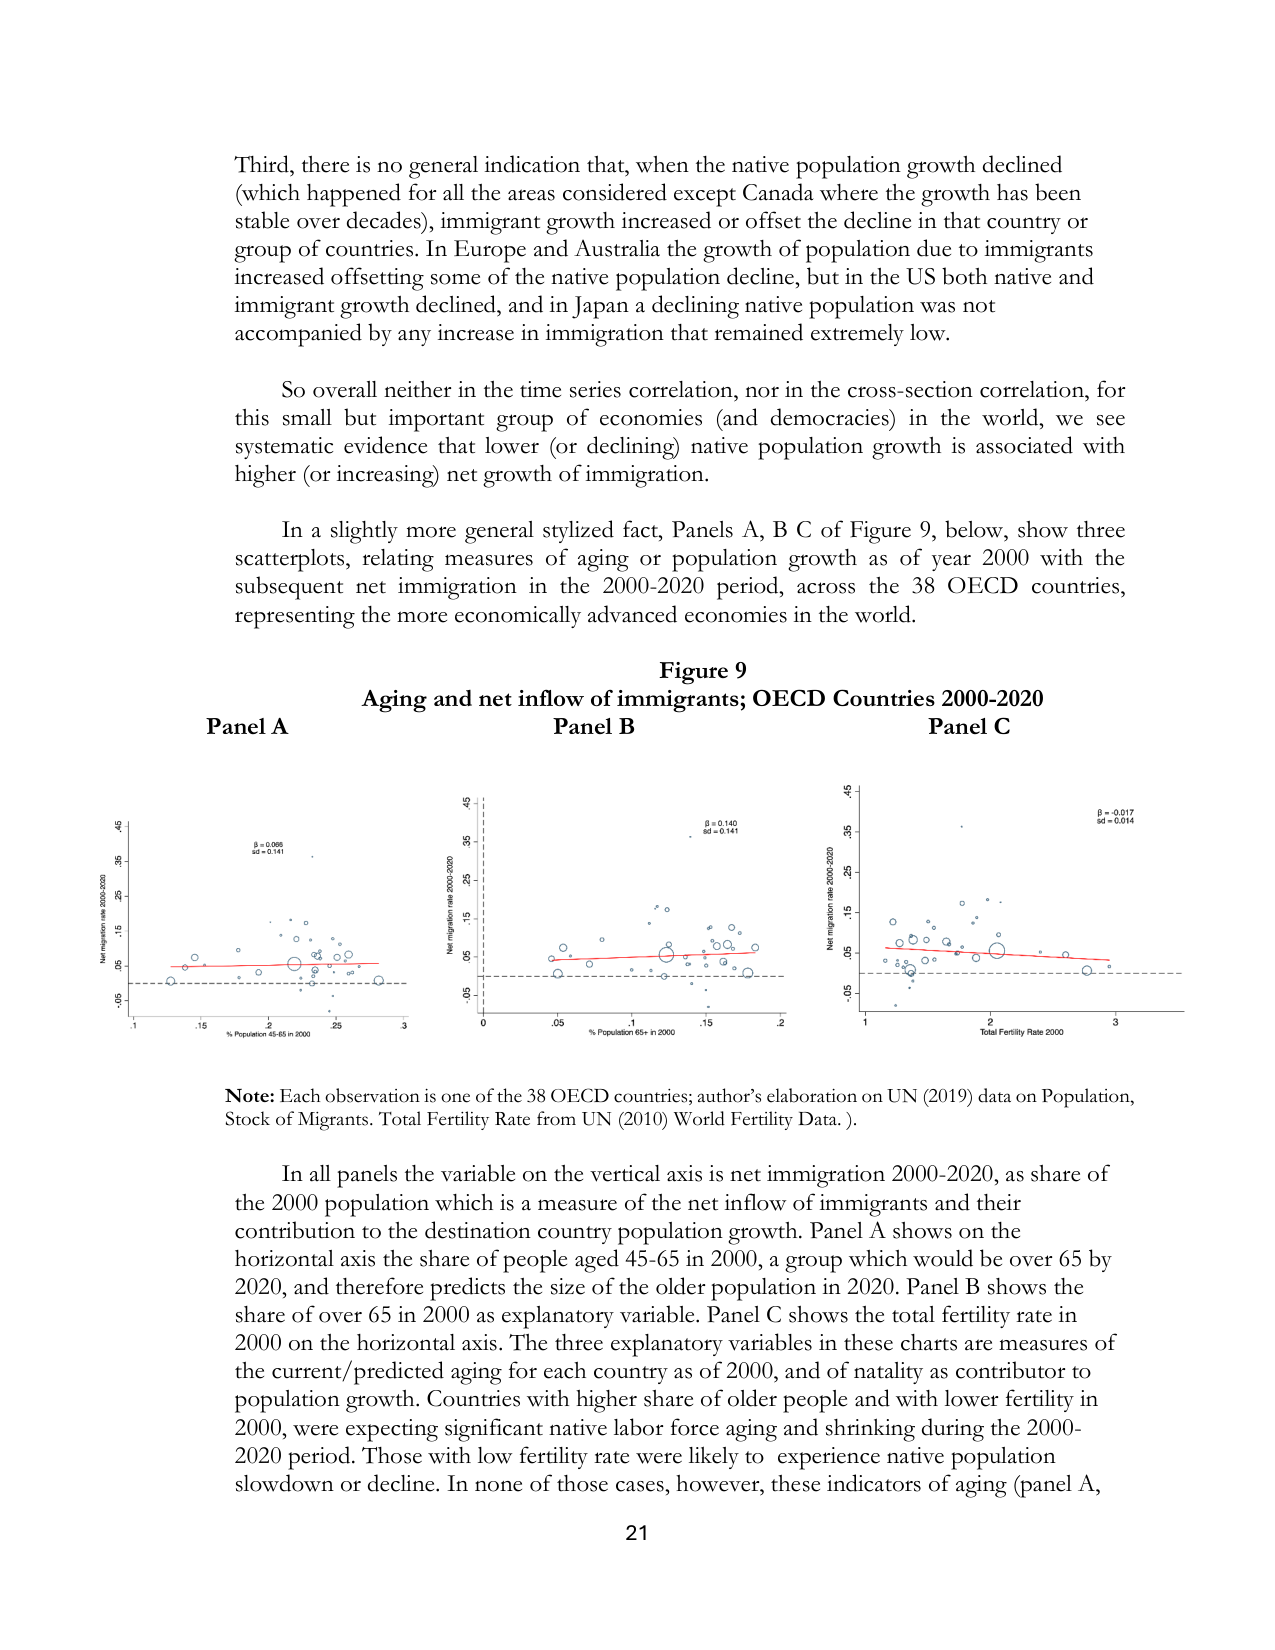
Third, there is no general indication that, when the native population growth declined (which happened for all the areas considered except Canada where the growth has been stable over decades), immigrant growth increased or offset the decline in that country or group of countries. In Europe and Australia the growth of population due to immigrants increased offsetting some of the native population decline, but in the US both native and immigrant growth declined, and in Japan a declining native population was not accompanied by any increase in immigration that remained extremely low.

So overall neither in the time series correlation, nor in the cross-section correlation, for this small but important group of economies (and democracies) in the world, we see systematic evidence that lower (or declining) native population growth is associated with higher (or increasing) net growth of immigration.

In a slightly more general stylized fact, Panels A, B C of Figure 9, below, show three scatterplots, relating measures of ageing or population growth as of year 2000 with the subsequent net immigration in the 2000-2020 period, across the 38 OECD countries, representing the more economically advanced economies in the world.

Figure 9
Aging and net inflow of immigrants; OECD Countries 2000-2020
Panel A Panel B Panel C

Note: Each observation is one of the 38 OECD countries; author’s elaboration on UN (2019) data on Population, Stock of Migrants. Total Fertility Rate from UN (2010) World Fertility Data.

In all panels the variable on the vertical axis is net immigration 2000-2020, as share of the 2000 population which is a measure of the net inflow of immigrants and their contribution to the destination country population growth. Panel A shows on the horizontal axis the share of people aged 45-65 in 2000, a group which would be over 65 by 2020, and therefore predicts the size of the older population in 2020. Panel B shows the share of over 65 in 2000 as explanatory variable. Panel C shows the total fertility rate in 2000 on the horizontal axis. The three explanatory variables in these charts are measures of the current/predicted aging for each country as of 2000, and of natality as contributor to population growth. Countries with higher share of older people and with lower fertility in 2000, were expecting significant native labor force aging and shrinking during the 2000-2020 period. Those with low fertility rate were likely to experience native population slowdown or decline. In none of those cases, however, these indicators of aging (panel A,

21